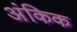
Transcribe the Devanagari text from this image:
अंकिक